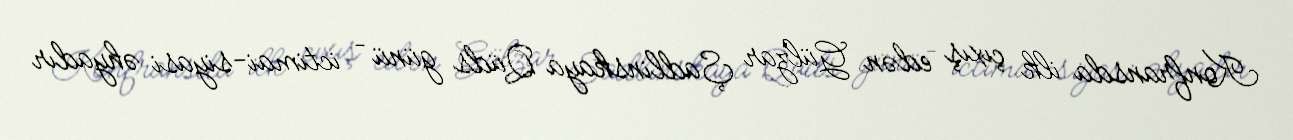
Konfransda ilk çıxış edən Gülzar Şadlinskaya Qüds günü – ictimai-siyasi əhyadır